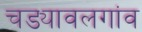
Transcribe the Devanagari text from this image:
चड्यावलगांव